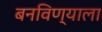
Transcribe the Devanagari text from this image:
बनविण्याला